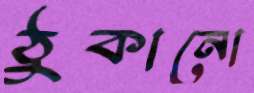
ঠুকানো